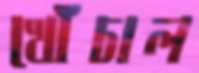
খোঁচাল